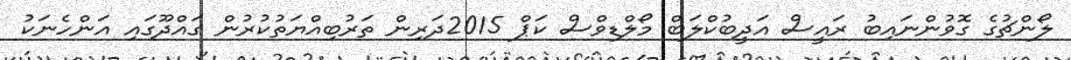
ލޯންޗުގެ ގޮވުންނައިބު ރައީސް އަދީބުކްލަބް މޯލްޑިވްސް ކަޕް 2015ދަރިން ތަރުބިއްޔަތުކުރުން ގައްދޫގައި އަންހެނަކު